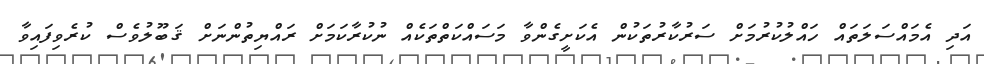
އަދި އެމައްސަލަތައް ހައްލުކުރުމަށް ސަރުކާރުތަކުން އެކަށީގެންވާ މަސައްކަތްތަކެއް ނުކުރާކަމަށް ރައްޔިތުންނަށް ޤަބޫލުވެސް ކުރެވިފައިވާ